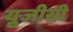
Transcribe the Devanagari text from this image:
यु़जीसी